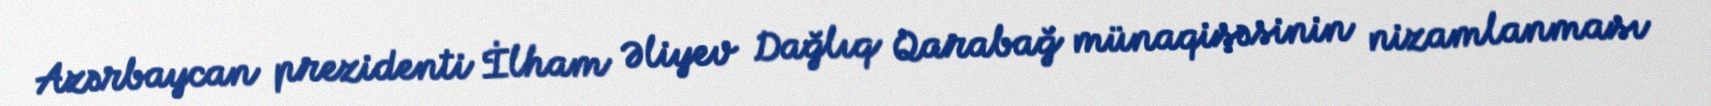
Azərbaycan prezidenti İlham Əliyev Dağlıq Qarabağ münaqişəsinin nizamlanması